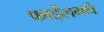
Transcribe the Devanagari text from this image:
फाईलमधे